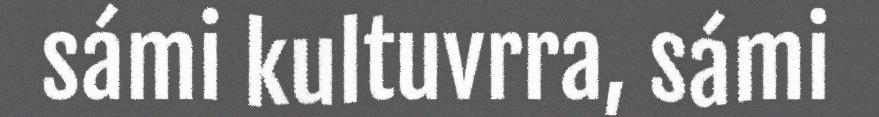
sámi kultuvrra, sámi